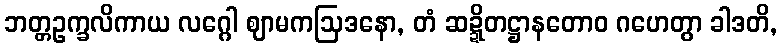
ဘတ္တဥက္ခလိကာယ လဂ္ဂေါ ဈာမကဩဒနော, တံ ဆဍ္ဍိတဋ္ဌာနတောဝ ဂဟေတွာ ခါဒတိ,